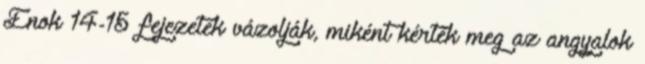
Énok 14-15 fejezetek vázolják, miként kérték meg az angyalok